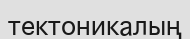
тектоникалың